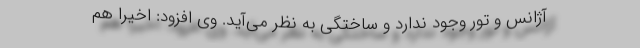
آژانس و تور وجود ندارد و ساختگی به نظر می‌آید. وی افزود: اخیرا هم